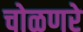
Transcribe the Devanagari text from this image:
चोळणरे